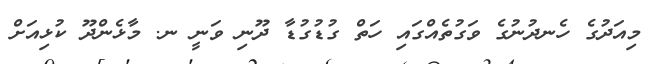
މިއަަދުގެ ހެނދުނުގެ ވަގުތެއްގައި ހަތް ގުޑުގުޑާ ދޫނި ވަނީ ނ. މާޅެންދޫ ކުޅިއަށް